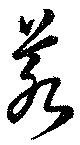
若